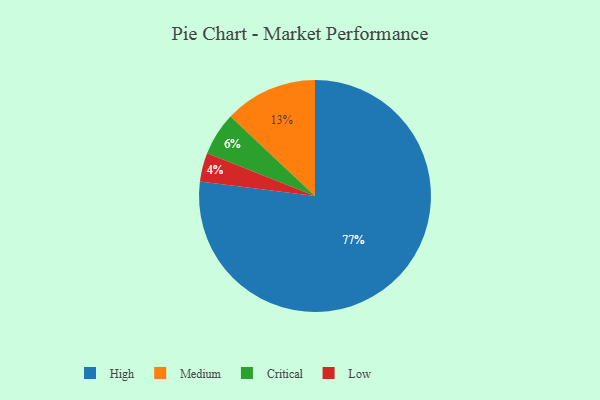
{"axis": {"x": "Category", "y": "Percentage"}, "legend": ["Critical", "High", "Low", "Medium"], "data": [{"x": "High", "y": 77, "type": "High"}, {"x": "Critical", "y": 6, "type": "Critical"}, {"x": "Low", "y": 4, "type": "Low"}, {"x": "Medium", "y": 13, "type": "Medium"}]}